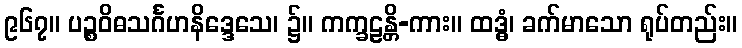
၉၆၇။ ပဉ္စဝိဓသင်္ဂဟနိဒ္ဒေသေ၊ ၌။ ကက္ခဠန္တိ-ကား။ ထဒ္ဓံ၊ ခက်မာသော ရုပ်တည်း။